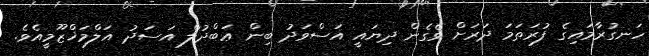
ހަނގުރާމައިގެ ފުރަތަމަ ދަރަށް ވެގެން ދިޔައީ އަސްވަދު ބިން ޢަބްދުލް އަސަދު އަލްމަޚްޒޫމީއެވެ.